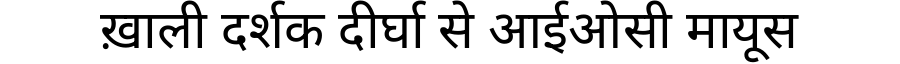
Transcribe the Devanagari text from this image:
ख़ाली दर्शक दीर्घा से आईओसी मायूस